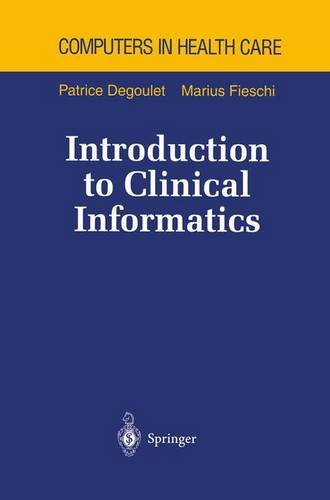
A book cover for Introduction to Clinical Informatics (Health Informatics); Patrice Degoulet; Medical Books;